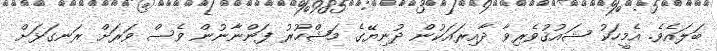
ބަލައެވެ. އެމީހަކު ޝައުޤުވެރިވާ ދާއިރައަކުން ދުނިޔޭގެ މަޝްހޫރު ފަންނާނުން ވެސް ވަރަށް ރަނގަޅަށް